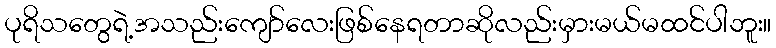
ပုရိသတွေရဲ့အသည်းကျော်လေးဖြစ်နေရတာဆိုလည်းမှားမယ်မထင်ပါဘူး။